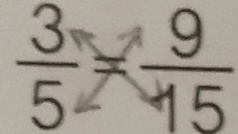
\frac { 3 } { 5 } = \frac { 9 } { 1 5 }